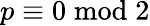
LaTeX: p\equiv 0{\bmod{2}}